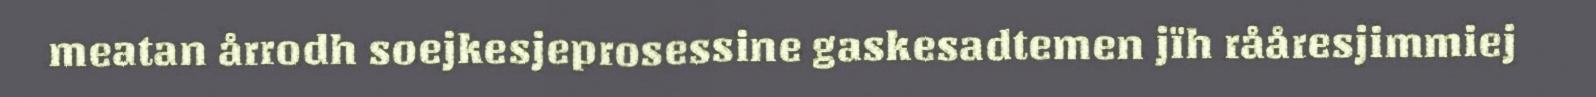
meatan årrodh soejkesjeprosessine gaskesadtemen jïh rååresjimmiej